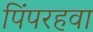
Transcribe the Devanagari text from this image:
पिंपरहवा